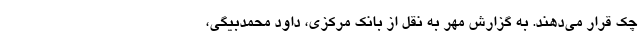
چک قرار می‌دهند. به گزارش مهر به نقل از بانک مرکزی، داود محمدبیگی،